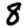
Digit: 8